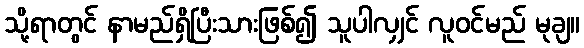
သို့ရာတွင် နာမည်ရှိပြီးသားဖြစ်၍ သူပါလျှင် လူဝင်မည် မုချ။